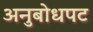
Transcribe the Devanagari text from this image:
अनुबोधपट